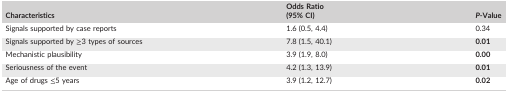
<table><thead><tr><td><b>Characteristics</b></td><td><b>Odds Ratio(95% CI)</b></td><td><b><i>P</i>‐Value</b></td></tr></thead><tbody><tr><td>Signals supported by case reports</td><td>1.6 (0.5, 4.4)</td><td>0.34</td></tr><tr><td>Signals supported by ≥3 types of sources</td><td>7.8 (1.5, 40.1)</td><td><b>0.01</b></td></tr><tr><td>Mechanistic plausibility</td><td>3.9 (1.9, 8.0)</td><td><b>0.00</b></td></tr><tr><td>Seriousness of the event</td><td>4.2 (1.3, 13.9)</td><td><b>0.01</b></td></tr><tr><td>Age of drugs ≤5 years</td><td>3.9 (1.2, 12.7)</td><td><b>0.02</b></td></tr></tbody></table>